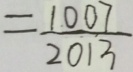
= \frac { 1 0 0 7 } { 2 0 1 3 }